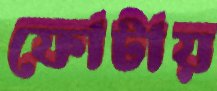
ফোটায়